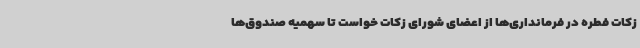
زکات فطره در فرمانداری‌ها از اعضای شورای زکات خواست تا سهمیه صندوق‌ها